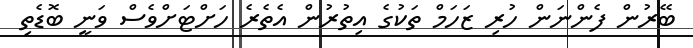
ބޭރުން ފެންނަން ހުރި ޒަހަމް ތަކުގެ އިތުރުން އެތެރެ ހަަށްޓަށްވެސް ވަނީ ބޮޑެތި